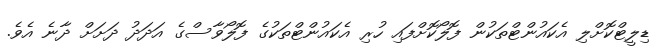
ޑިލީޓްކޮށްލި އެކައުންޓްތަކުން ފޮލޯކޮށްފައި ހުރި އެކައުންޓްތަކުގެ ފޮލޯވާސްގެ އަދަދު ދަށަށް ދާނެ އެވެ.